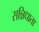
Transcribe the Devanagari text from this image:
सन्निधाता